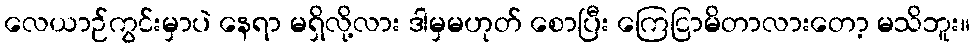
လေယာဉ်ကွင်းမှာပဲ နေရာ မရှိလို့လား ဒါမှမဟုတ် စောပြီး ကြေငြာမိတာလားတော့ မသိဘူး။